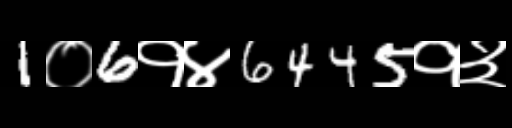
Text: 1०6१४6445१३